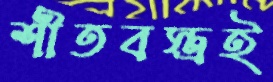
শীতবস্ত্রই